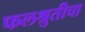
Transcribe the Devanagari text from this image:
फलश्रुतीचा